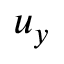
u _ { y }